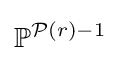
\mathbb {P} ^{{\mathcal {P}}(r)-1}